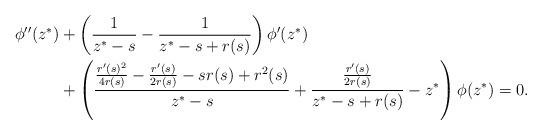
LaTeX: \begin{align*}\begin{aligned}\phi''(z^*)&+\left(\frac{1}{z^*-s}-\frac{1}{z^*-s+r(s)}\right)\phi'(z^*)\\&+\left(\frac{\frac{r'(s)^2}{4 r(s)}-\frac{r'(s)}{2 r(s)}-s r(s)+r^2(s)}{z^*-s}+\frac{\frac{r'(s)}{2 r(s)}}{z^*-s+r(s)}-z^*\right)\phi(z^*)=0.\end{aligned}\end{align*}